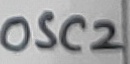
Text: OSC2